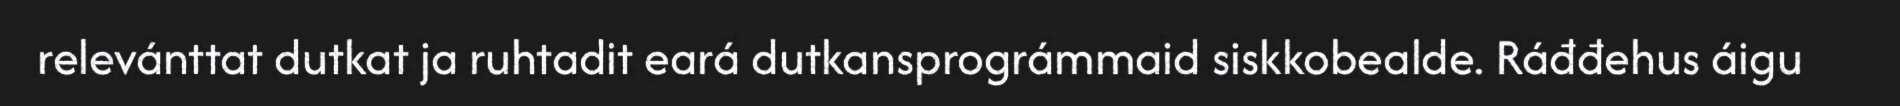
relevánttat dutkat ja ruhtadit eará dutkansprográmmaid siskkobealde. Ráđđehus áigu